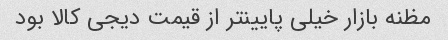
مظنه بازار خیلی پایینتر از قیمت دیجی کالا بود